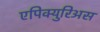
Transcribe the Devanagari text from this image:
एपिक्युरिअस